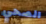
الصحي